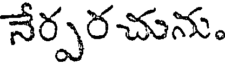
నేర్పరచును.